Leaving Certificate Examination (including Day School Certificate (Higher) General paper), 1938
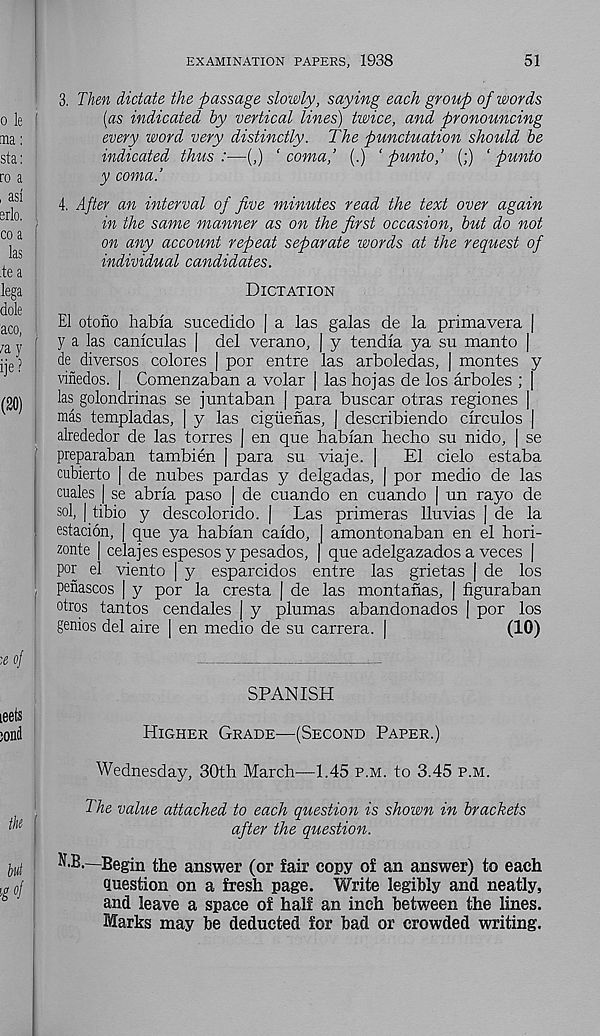
EXAMINATION PAPERS, 1938
51
3. Then dictate the passage slowly, saying each group of words
[as indicated by vertical lines) twice, and pronouncing
every word very distinctly. The punctuation should be
indicated thus:—(,) ‘coma,’ (.) ‘ punto,’ (;) ‘ punto
y coma.’
4. After an interval of five minutes read the text over again
in the same manner as on the first occasion, but do not
on any account repeat separate words at the request of
individual candidates.
Dictation
El otono habia sucedido | a las galas de la primavera |
y a las caniculas | del verano, | y tendla ya su manto |
de diversos colores | por entre las arboledas, | montes y
vinedos. j Comenzaban a volar | las hojas de los arboles ; |
las golondrinas se juntaban | para buscar otras regiones |
mas templadas, | y las cigiienas, | describiendo drculos |
alrededor de las torres | en que hablan hecho su nido, | se
preparaban tambien | para su viaje. |
El cielo estaba
cubierto | de nubes pardas y delgadas, | por medio de las
cuales | se abrla paso | de cuando en cuando | un rayo de
sol, | tibio y descolorido. | Las primeras lluvias | de la
estacion, | que ya hablan caldo, | amontonaban en el hori-
zonte | celajes espesos y pesados, | que adelgazados a veces |
por el viento | y esparcidos entre las grietas | de los
, pefiascos | y por la cresta | de las montafias, j figuraban
otros tantos cendales J y plumas abandonados j por los
genios del aire [ en medio de su carrera. |
(10)
SPANISH
Higher Grade—(Second Paper.)
Wednesday, 30th March—1.45 p.m. to 3.45 p.m.
The value attached to each question is shown in brackets
after the question.
N.B.—Begin the answer (or fair copy of an answer) to each
Question on a fresh page. Write legibly and neatly,
and leave a space of half an inch between the lines.
Marks may be deducted for bad or crowded writing.